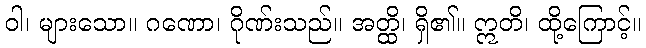
ဝါ၊ များသော။ ဂဏော၊ ဂိုဏ်းသည်။ အတ္ထိ၊ ရှိ၏။ ဣတိ၊ ထို့ကြောင့်။